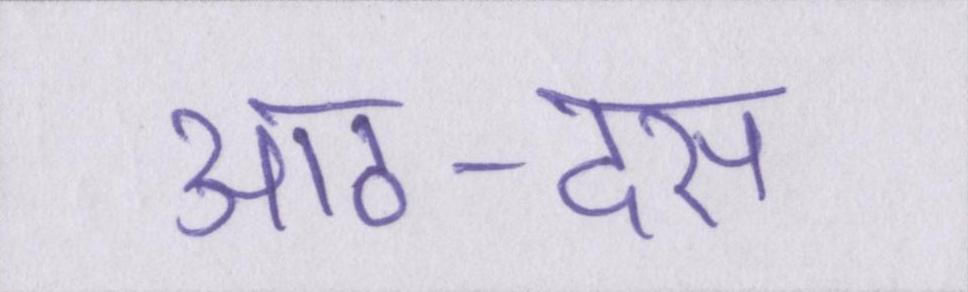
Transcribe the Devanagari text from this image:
आठ-दस